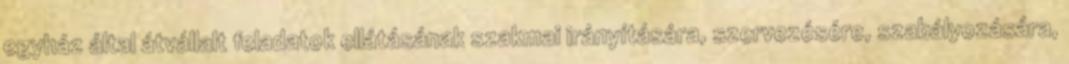
egyház által átvállalt feladatok ellátásának szakmai irányítására, szervezésére, szabályozására,